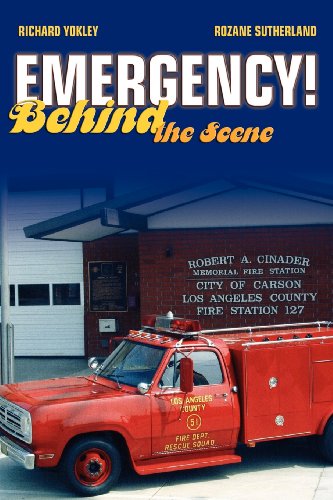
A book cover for Emergency! Behind The Scene; Richard Yokley; Humor & Entertainment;